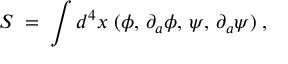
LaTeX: S \; = \; \int d ^ { 4 } x \; \L ( \phi , \, \partial _ { a } \phi , \, \psi , \, \partial _ { a } \psi ) \; ,